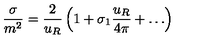
\frac { \sigma } { m ^ { 2 } } = \frac { 2 } { u _ { R } } \left( 1 + \sigma _ { 1 } \frac { u _ { R } } { 4 \pi } + \ldots \right)